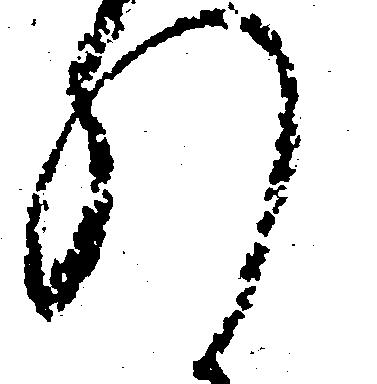
れ